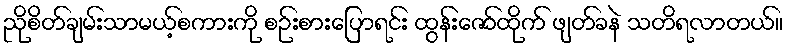
ညိုစိတ်ချမ်းသာမယ့်စကားကို စဉ်းစားပြောရင်း ထွန်းဇော်ထိုက် ဖျတ်ခနဲ သတိရလာတယ်။